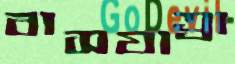
বাসযাত্রা